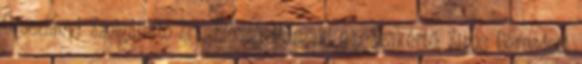
Oroszlányi Szolgáltató Zrt., Előadó: Műszaki ea.: Szakértő: Sipos Bernadett